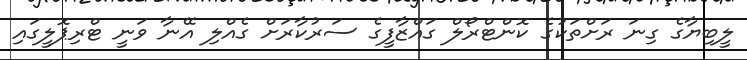
ލީބިޔާގެ ގިނަ ރަށްތަކުގެ ކޮންޓްރޯލް ގައްޒާފީގެ ސަރުކާރަށް ގެއްލި އޭނާ ވަނީ ޓްރިޕޮލީގައި